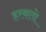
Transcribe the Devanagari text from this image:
हरकतो